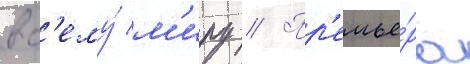
вс'ему́ м'иру // Пр'емье́ра